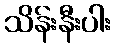
သိန်းနီးပါး